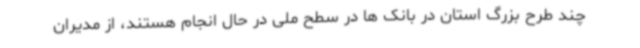
چند طرح بزرگ استان در بانک ها در سطح ملی در حال انجام هستند، از مدیران